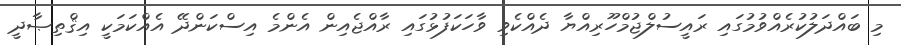
މި ބައްދަލުކުރެއްވުމުގައި ރައީސުލްޖުމްހޫރިއްޔާ ދެއްކެވި ވާހަކަފުޅުގައި ރާއްޖެއިން އެންމެ އިސްކަންދޭ އެއްކަމަކީ އިޤްތިޞާދީ